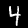
Label: 4